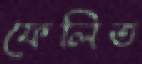
ফেলিত